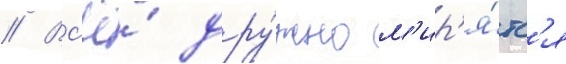
// Вс'ё́ дру́жно м'ир'я́тс'я